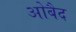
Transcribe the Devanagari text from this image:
ओबैद